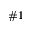
\# 1